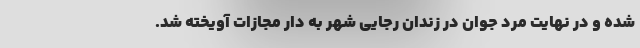
شده و در نهایت مرد جوان در زندان رجایی شهر به دار مجازات آویخته شد.